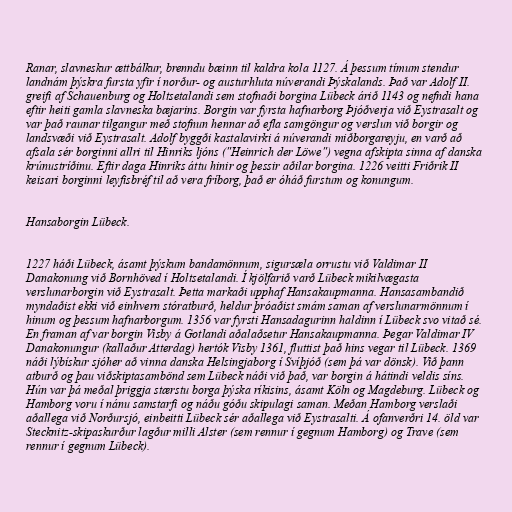
Ranar, slavneskur ættbálkur, brenndu bæinn til kaldra kola 1127. Á þessum tímum stendur
landnám þýskra fursta yfir í norður- og austurhluta núverandi Þýskalands. Það var Adolf II.
greifi af Schauenburg og Holtsetalandi sem stofnaði borgina Lübeck árið 1143 og nefndi hana
eftir heiti gamla slavneska bæjarins. Borgin var fyrsta hafnarborg Þjóðverja við Eystrasalt og
var það raunar tilgangur með stofnun hennar að efla samgöngur og verslun við borgir og
landsvæði við Eystrasalt. Adolf byggði kastalavirki á núverandi miðborgareyju, en varð að
afsala sér borginni allri til Hinriks ljóns ("Heinrich der Löwe") vegna afskipta sinna af danska
krúnustríðinu. Eftir daga Hinriks áttu hinir og þessir aðilar borgina. 1226 veitti Friðrik II
keisari borginni leyfisbréf til að vera fríborg, það er óháð furstum og konungum.

Hansaborgin Lübeck.

1227 háði Lübeck, ásamt þýskum bandamönnum, sigursæla orrustu við Valdimar II
Danakonung við Bornhöved í Holtsetalandi. Í kjölfarið varð Lübeck mikilvægasta
verslunarborgin við Eystrasalt. Þetta markaði upphaf Hansakaupmanna. Hansasambandið
myndaðist ekki við einhvern stóratburð, heldur þróaðist smám saman af verslunarmönnum í
hinum og þessum hafnarborgum. 1356 var fyrsti Hansadagurinn haldinn í Lübeck svo vitað sé.
En framan af var borgin Visby á Gotlandi aðalaðsetur Hansakaupmanna. Þegar Valdimar IV
Danakonungur (kallaður Atterdag) hertók Visby 1361, fluttist það hins vegar til Lübeck. 1369
náði lýbískur sjóher að vinna danska Helsingjaborg í Svíþjóð (sem þá var dönsk). Við þann
atburð og þau viðskiptasambönd sem Lübeck náði við það, var borgin á hátindi veldis síns.
Hún var þá meðal þriggja stærstu borga þýska ríkisins, ásamt Köln og Magdeburg. Lübeck og
Hamborg voru í nánu samstarfi og náðu góðu skipulagi saman. Meðan Hamborg verslaði
aðallega við Norðursjó, einbeitti Lübeck sér aðallega við Eystrasalti. Á ofanverðri 14. öld var
Stecknitz-skipaskurður lagður milli Alster (sem rennur í gegnum Hamborg) og Trave (sem
rennur í gegnum Lübeck).